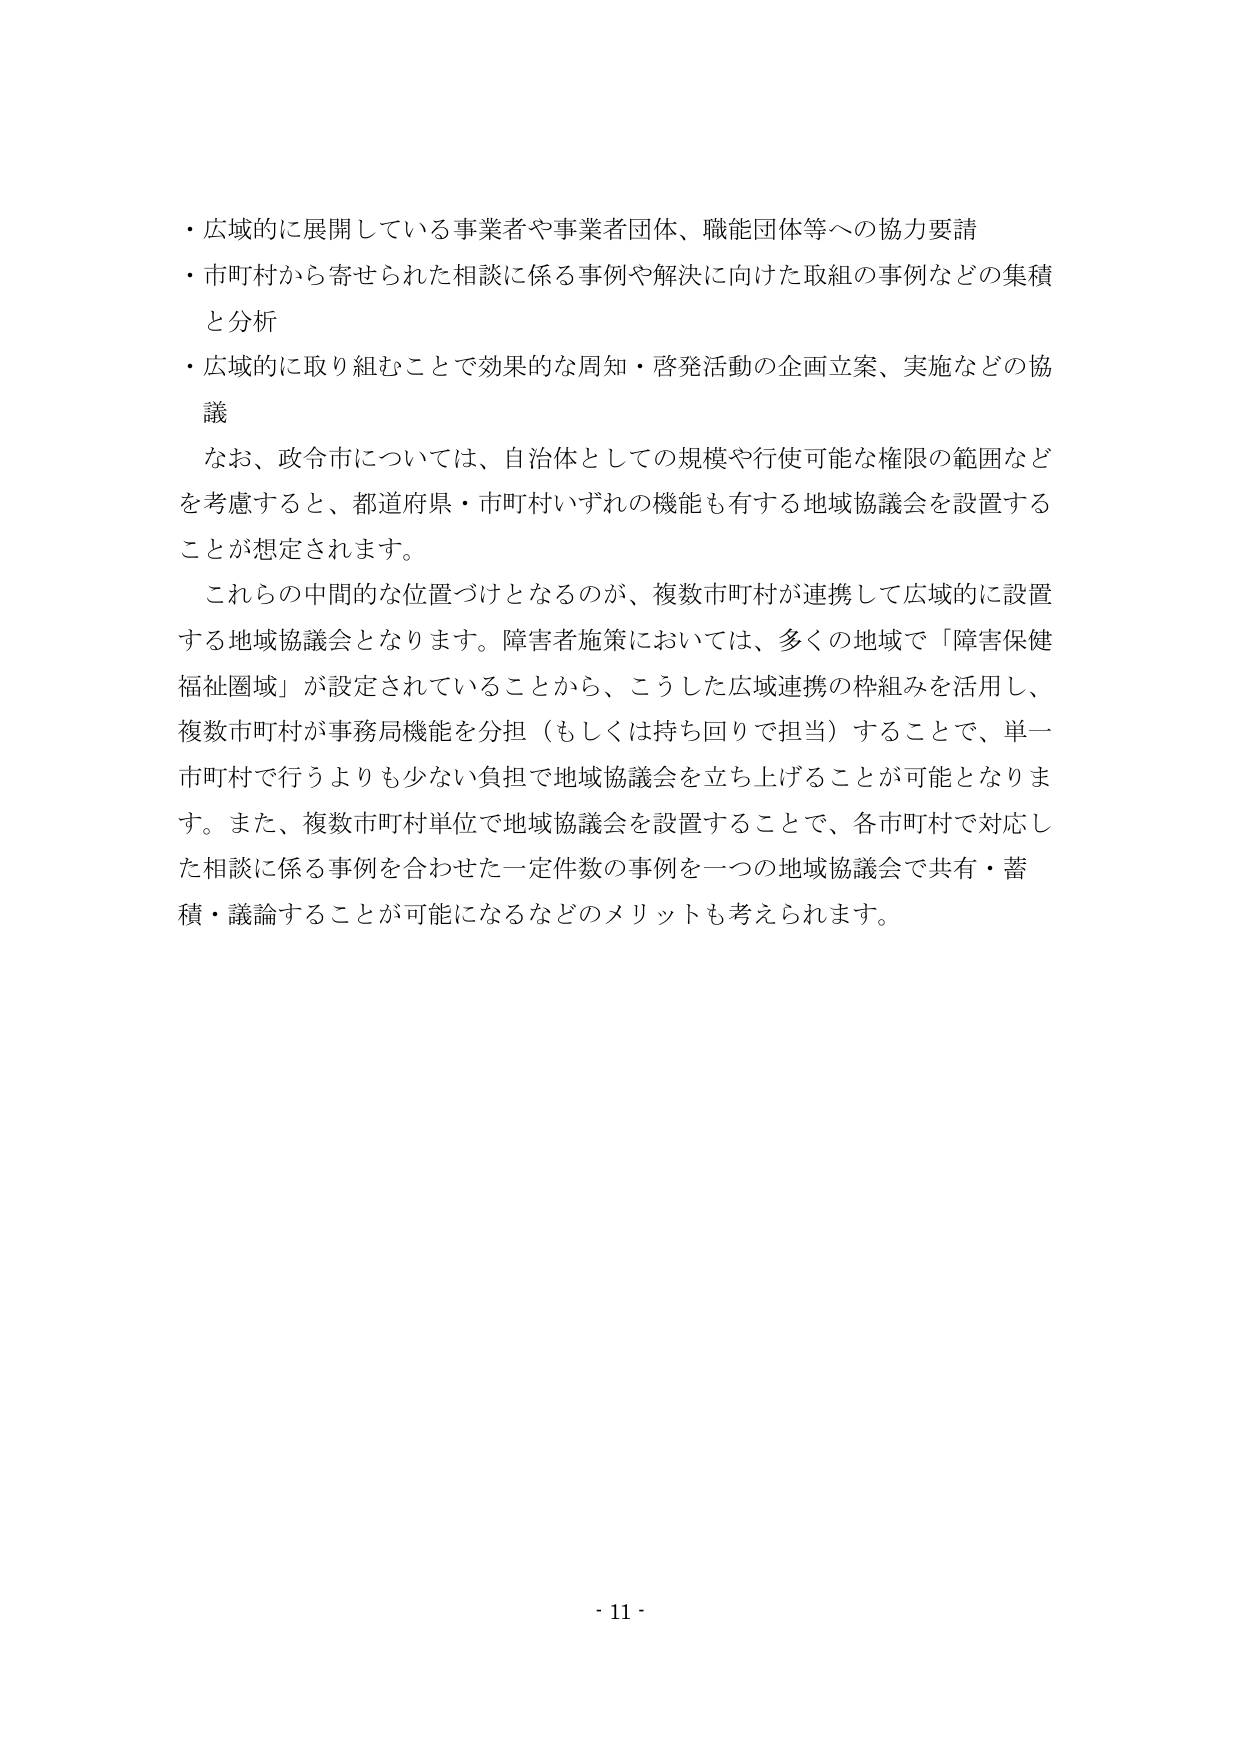
・広域的に展開している事業者や事業者団体、職能団体等への協力要請
・市町村から寄せられた相談に係る事例や解決に向けた取組の事例などの集積と分析
・広域的に取り組むことで効果的な周知・啓発活動の企画立案、実施などの協議

なお、政令市については、自治体としての規模や行使可能な権限の範囲などを考慮すると、都道府県・市町村いずれの機能も有する地域協議会を設置することが想定されます。

これらの中間的な位置づけとなるのが、複数市町村が連携して広域的に設置する地域協議会となります。障害者施策においては、多くの地域で「障害保健福祉圏域」が設定されていることから、こうした広域連携の枠組みを活用し、複数市町村が事務局機能を分担（もしくは持ち回りで担当）することで、単一市町村で行うよりも少ない負担で地域協議会を立ち上げることが可能となります。また、複数市町村単位で地域協議会を設置することで、各市町村で対応した相談に係る事例を合わせた一定件数の事例を一つの地域協議会で共有・蓄積・議論することが可能になるなどのメリットも考えられます。

- 11 -